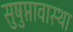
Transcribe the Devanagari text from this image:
सुषुप्तावास्था